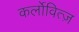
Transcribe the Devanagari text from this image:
कर्लोवित्ज़